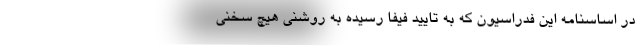
در اساسنامه این فدراسیون که به تایید فیفا رسیده به روشنی هیچ سخنی